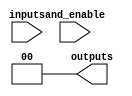
module hs_pal #(
    parameter NUM_INPUTS = 8,   // Number of inputs
    parameter NUM_AND_GATES = 4, // Number of AND gates
    parameter NUM_OR_GATES = 2    // Number of OR gates
)(
    input wire [NUM_INPUTS-1:0] inputs, // Input signals
    input wire [NUM_AND_GATES-1:0] and_enable, // Control signals for AND gates
    output wire [NUM_OR_GATES-1:0] outputs // Output signals
);

// Internal wires for AND gate outputs
wire [NUM_AND_GATES-1:0] and_outputs;

// Programmable AND array
genvar i, j;
generate
    for (i = 0; i < NUM_AND_GATES; i = i + 1) begin : and_gate
        wire [NUM_INPUTS-1:0] and_inputs;
        
        // Example: Each AND gate can be programmed to use any combination of inputs
        // Here we use a simple example where each AND gate uses a subset of inputs
        assign and_inputs = (i == 0) ? {inputs[0], inputs[1], inputs[2], 1'b0} : // AND gate 0
                            (i == 1) ? {inputs[1], inputs[3], 1'b0, 1'b0} : // AND gate 1
                            (i == 2) ? {inputs[2], inputs[4], inputs[5], 1'b0} : // AND gate 2
                            (i == 3) ? {inputs[6], inputs[7], 1'b0, 1'b0} : // AND gate 3
                            {NUM_INPUTS{1'b0}}; // Default case

        // AND gate implementation
        assign and_outputs[i] = and_enable[i] ? &and_inputs : 1'b0; // AND gate output
    end
endgenerate

// Fixed OR array
generate
    for (j = 0; j < NUM_OR_GATES; j = j + 1) begin : or_gate
        // Example: Each OR gate combines outputs from the AND gates
        assign outputs[j] = (j == 0) ? (and_outputs[0] | and_outputs[1]) : // OR gate 0
                            (j == 1) ? (and_outputs[2] | and_outputs[3]) : // OR gate 1
                            1'b0; // Default case
    end
endgenerate

endmodule